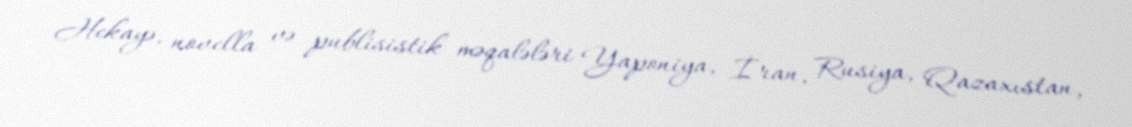
Hekayə, novella və publisistik məqalələri Yaponiya, İran, Rusiya, Qazaxıstan,